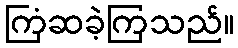
ကြံဆခဲ့ကြသည်။